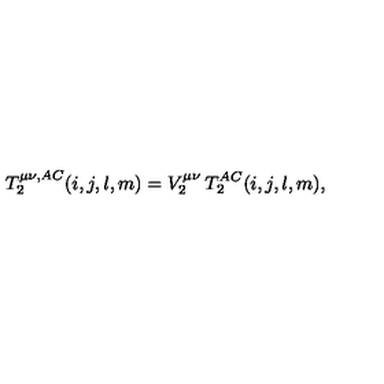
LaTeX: T _ { 2 } ^ { \mu \nu , A C } ( i , j , l , m ) = V _ { 2 } ^ { \mu \nu } \: T _ { 2 } ^ { A C } ( i , j , l , m ) ,